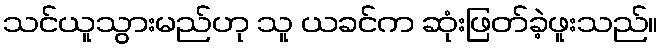
သင်ယူသွားမည်ဟု သူ ယခင်က ဆုံးဖြတ်ခဲ့ဖူးသည်။